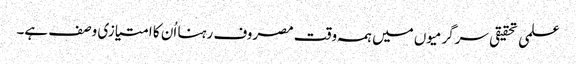
علمی تحقیقی سرگرمیوں میں ہمہ وقت مصروف رہنا اُن کا امتیازی وصف ہے۔